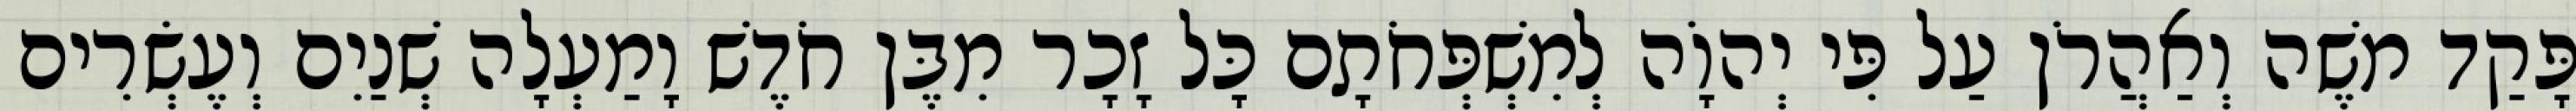
פָּקַד משֶׁה וְאַהֲרֹן עַל פִּי יְהוָֹה לְמִשְׁפְּחֹתָם כָּל זָכָר מִבֶּן חֹדֶשׁ וָמַעְלָה שְׁנַיִם וְעֶשְׂרִים